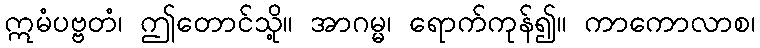
ဣမံပဗ္ဗတံ၊ ဤတောင်သို့။ အာဂမ္မ၊ ရောက်ကုန်၍။ ကာကောလာစ၊